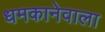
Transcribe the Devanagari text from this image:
धमकानेवाला